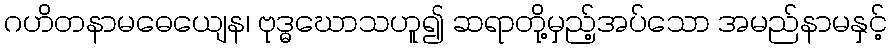
ဂဟိတနာမဓေယျေန၊ ဗုဒ္ဓဃောသဟူ၍ ဆရာတို့မှည့်အပ်သော အမည်နာမနှင့်